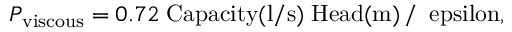
P _ { \mathrm { { v i s c o u s } } } = 0 . 7 2 \; \mathrm { { C a p a c i t y ( l / s ) \; H e a d ( m ) } \, / \, \ e p s i l o n , }